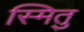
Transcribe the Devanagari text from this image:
स्मितु